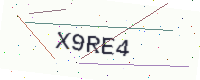
Text: X9RE4